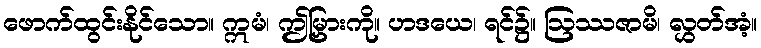
ဖောက်ထွင်းနိုင်သော။ ဣမံ၊ ဤမြှားကို။ ဟဒယေ၊ ရင်၌။ ဩဿဇာမိ၊ လွှတ်အံ့။